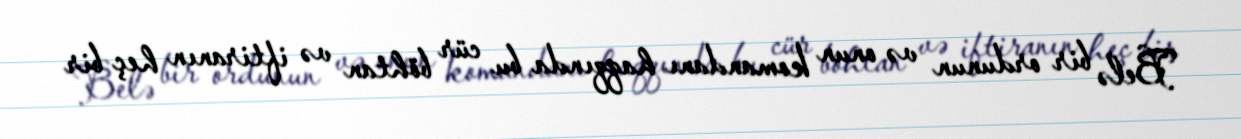
Belə bir ordunun və onun komandanı haqqında bu cür böhtan və iftiranın heç bir